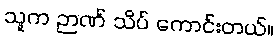
သူက ဉာဏ် သိပ် ကောင်းတယ်။